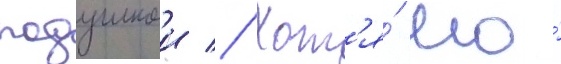
подушкои // Хот'я́ его́